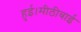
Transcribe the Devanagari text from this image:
हुई।मीठीबाई